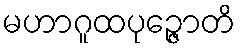
မဟာဂူထပုဉ္ဇောတိ